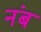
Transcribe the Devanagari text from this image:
नंब